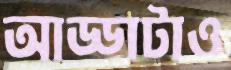
আড্ডাটাও